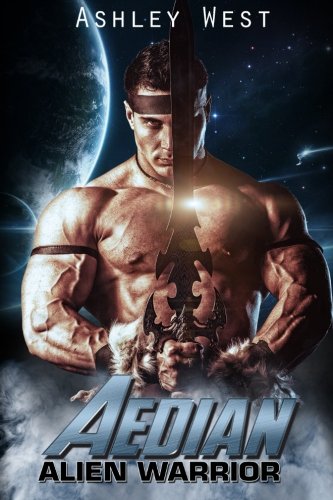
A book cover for Aedian: Alien Warrior; Ashley West; Romance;